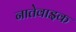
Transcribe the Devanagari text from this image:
नातेवाइक